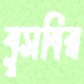
বুসবির